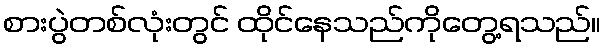
စားပွဲတစ်လုံးတွင် ထိုင်နေသည်ကိုတွေ့ရသည်။